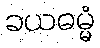
ခယဓမ္မံ